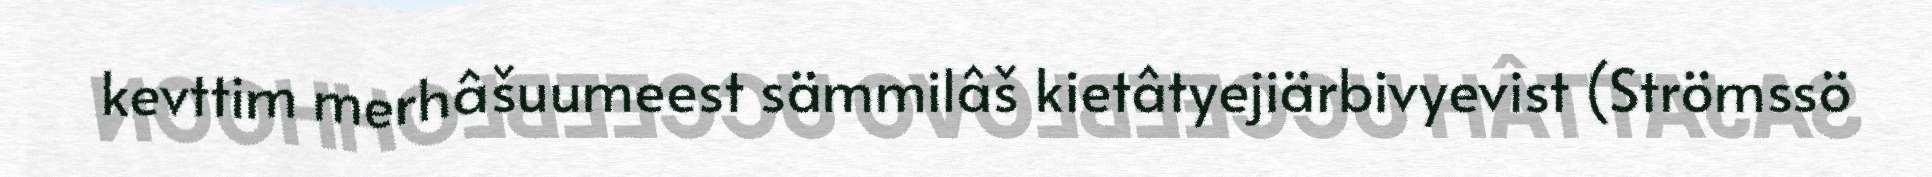
kevttim merhâšuumeest sämmilâš kietâtyejiärbivyevist (Strömssö